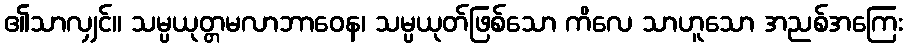
၏သာလျှင်။ သမ္ပယုတ္တမလာဘာဝေန၊ သမ္ပယုတ်ဖြစ်သော ကိလေ သာဟူသော အညစ်အကြေး